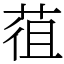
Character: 䓚